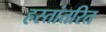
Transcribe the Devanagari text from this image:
हस्‍तांतरित